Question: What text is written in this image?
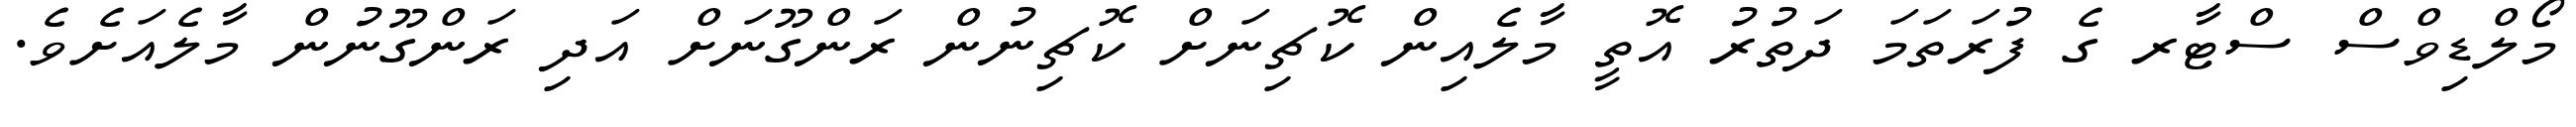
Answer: މޯލްޑިވްސް ސްޓާރ ގެ ފުރަތަމަ ދަތުރު އޮތީ މާލެއިން ކޮޗިނަށް ކޮޗިނުން ރަންގޫނަށް އަދި ރަންގޫނުން މާލެއަށެވެ.